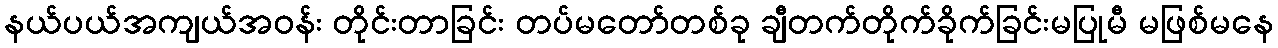
နယ်ပယ်အကျယ်အဝန်း တိုင်းတာခြင်း တပ်မတော်တစ်ခု ချီတက်တိုက်ခိုက်ခြင်းမပြုမီ မဖြစ်မနေ